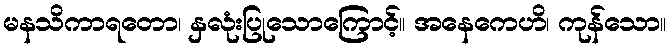
မနသိကာရတော၊ နှလုံးပြုသောကြောင့်။ အနေကေဟိ၊ ကုန်သော။